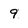
Character: 9